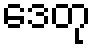
ဒေတု